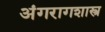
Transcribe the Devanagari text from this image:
अंगरागशास्त्र